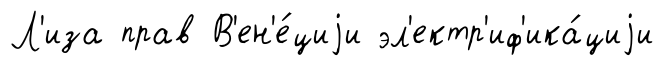
Л'иза прав В'ен'е́циjи эл'ектр'иф'ика́циjи